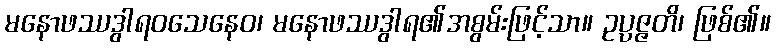
မနောဖဿဒွါရဝသေနေဝ၊ မနောဖဿဒွါရ၏အစွမ်းဖြင့်သာ။ ဥပ္ပဇ္ဇတိ၊ ဖြစ်၏။